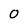
Character: O